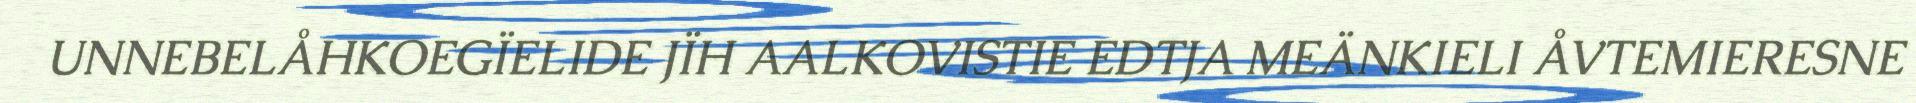
UNNEBELÅHKOEGÏELIDE JÏH AALKOVISTIE EDTJA MEÄNKIELI ÅVTEMIERESNE